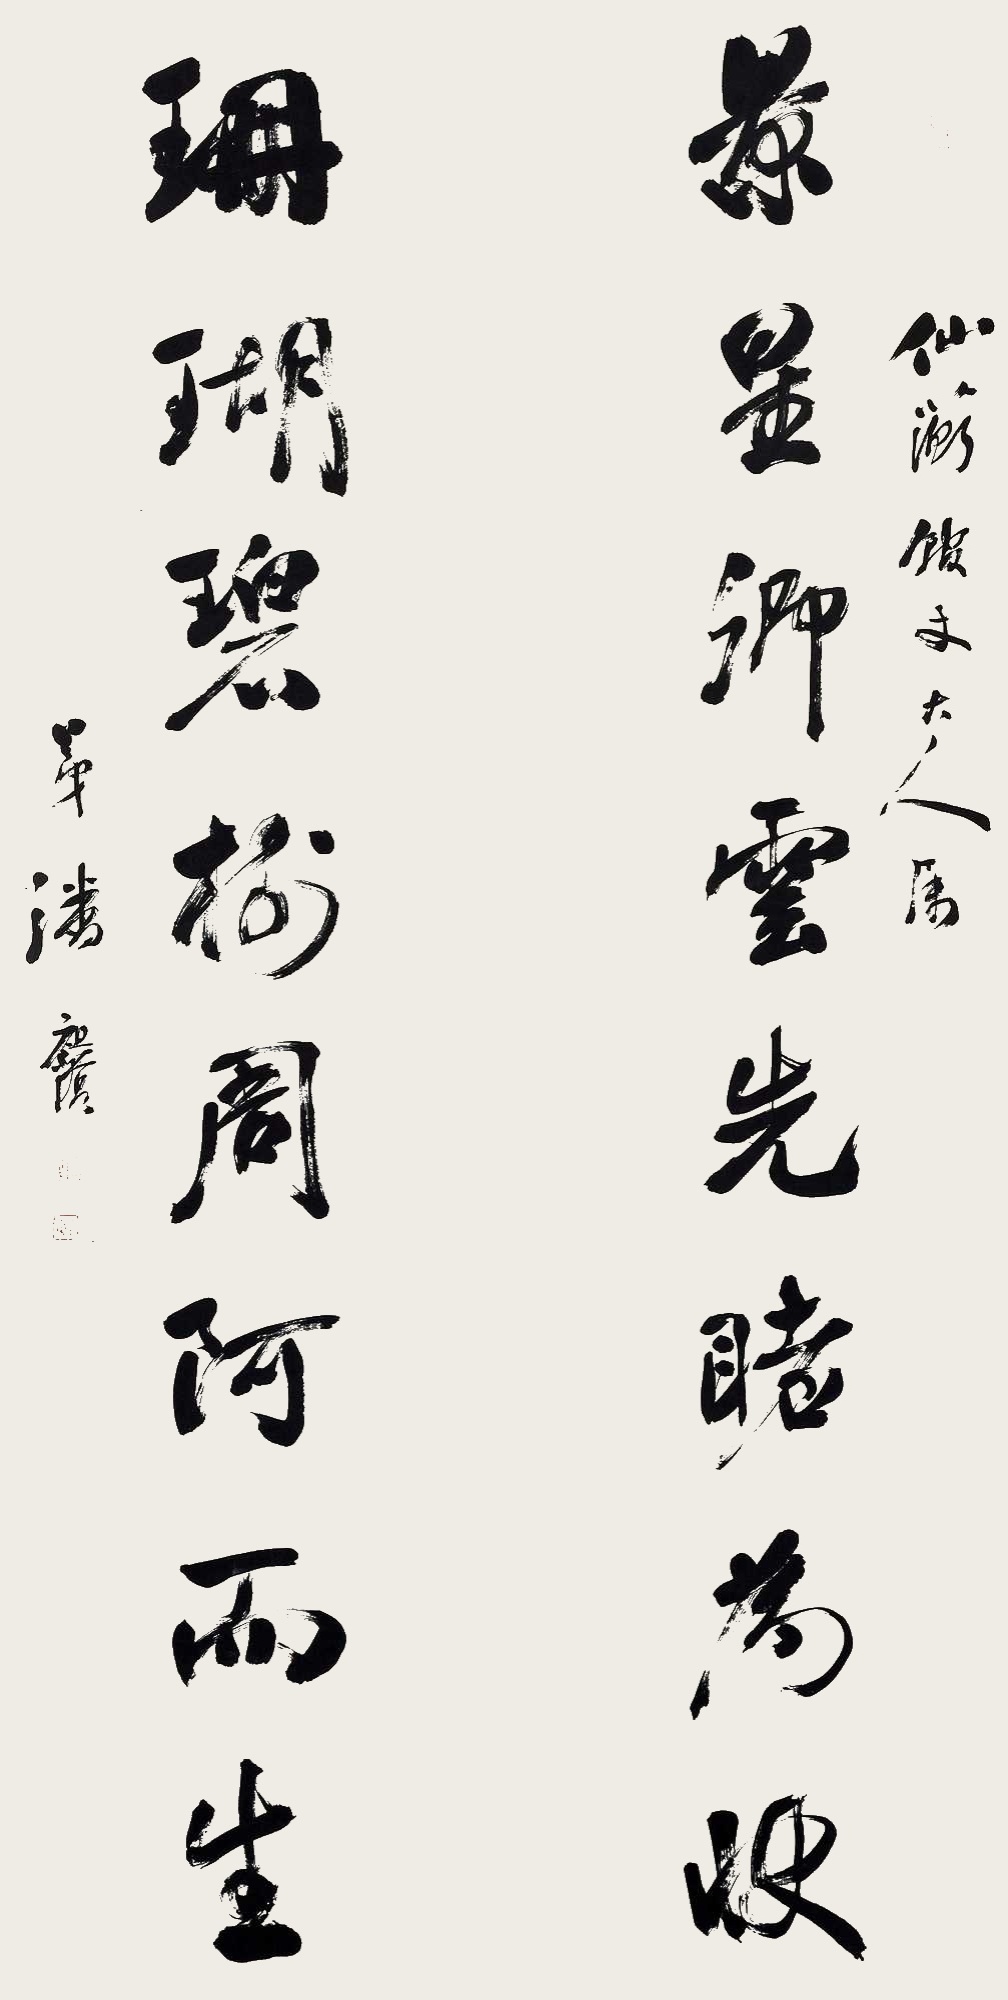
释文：景星卿云先睹为快，珊瑚碧树周阿而生。仙蘅馆丈大人属，弟潘祖荫。